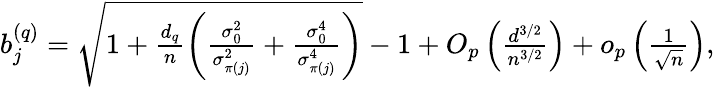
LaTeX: \begin{array}{r}{b_{j}^{(q)}=\sqrt{1+\frac{d_{q}}{n}\left(\frac{\sigma_{0}^{2}}{\sigma_{\pi(j)}^{2}}+\frac{\sigma_{0}^{4}}{\sigma_{\pi(j)}^{4}}\right)}-1+O_{p}\left(\frac{d^{3/2}}{n^{3/2}}\right)+o_{p}\left(\frac{1}{\sqrt{n}}\right),}\end{array}